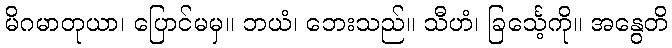
မိဂမာတုယာ၊ ပြောင်မမှ။ ဘယံ၊ ဘေးသည်။ သီဟံ၊ ခြင်္သေ့ကို။ အနွေတိ